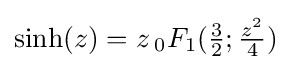
\sinh(z)=z\,_{0}F_{1}({\tfrac {3}{2}};{\tfrac {z^{2}}{4}})